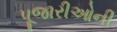
પૂજારીઓની